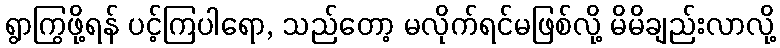
ရွာကြွဖို့ရန် ပင့်ကြပါရော, သည်တော့ မလိုက်ရင်မဖြစ်လို့ မိမိချည်းလာလို့